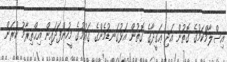
އިސްލާމްކަމުގެ ގޮތުން އަދި ޢަޤީދާގެ ގޮތުން އަޅުގަނޑުމެންގެ ޤައުމުގެ މީހުންފަދައިން އިޙްތިރާމު ކުރަން